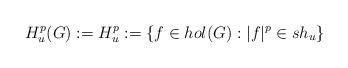
\begin{align*}H^p_u(G):=H^p_u:=\left\{f\in hol(G):|f|^p\in\mathnormal{sh}_u\right\}\end{align*}